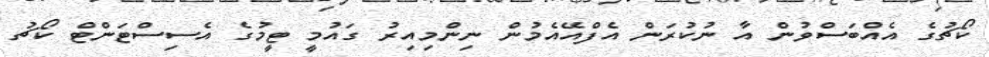
ކޯޗުގެ އެއްބަސްވުން އާ ނުކުރަން އެފްއޭއެމުން ނިންމިއިރު ގައުމީ ޓީމުގެ އެސިސްޓަންޓް ކޯޗު